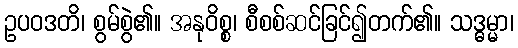
ဥပဝဒတိ၊ စွမ်စွဲ၏။ အနုဝိစ္စ၊ စီစစ်ဆင်ခြင်၍တက်၏။ သဒ္ဓမ္မာ၊